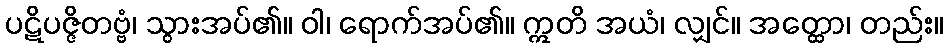
ပဋိပဇ္ဇိတဗ္ဗံ၊ သွားအပ်၏။ ဝါ၊ ရောက်အပ်၏။ ဣတိ အယံ၊ လျှင်။ အတ္ထော၊ တည်း။